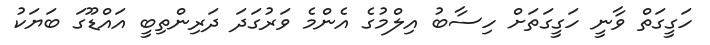
ހަގީގަތް ވާނީ ހަގީގަތަށް ހިސާބު އިލްމުގެ އެންމެ ވަރުގަދަ ދަރިންތިބީ އައްޑޫގަ ބަޔަކު